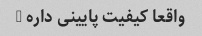
واقعا کیفیت پایینی داره …